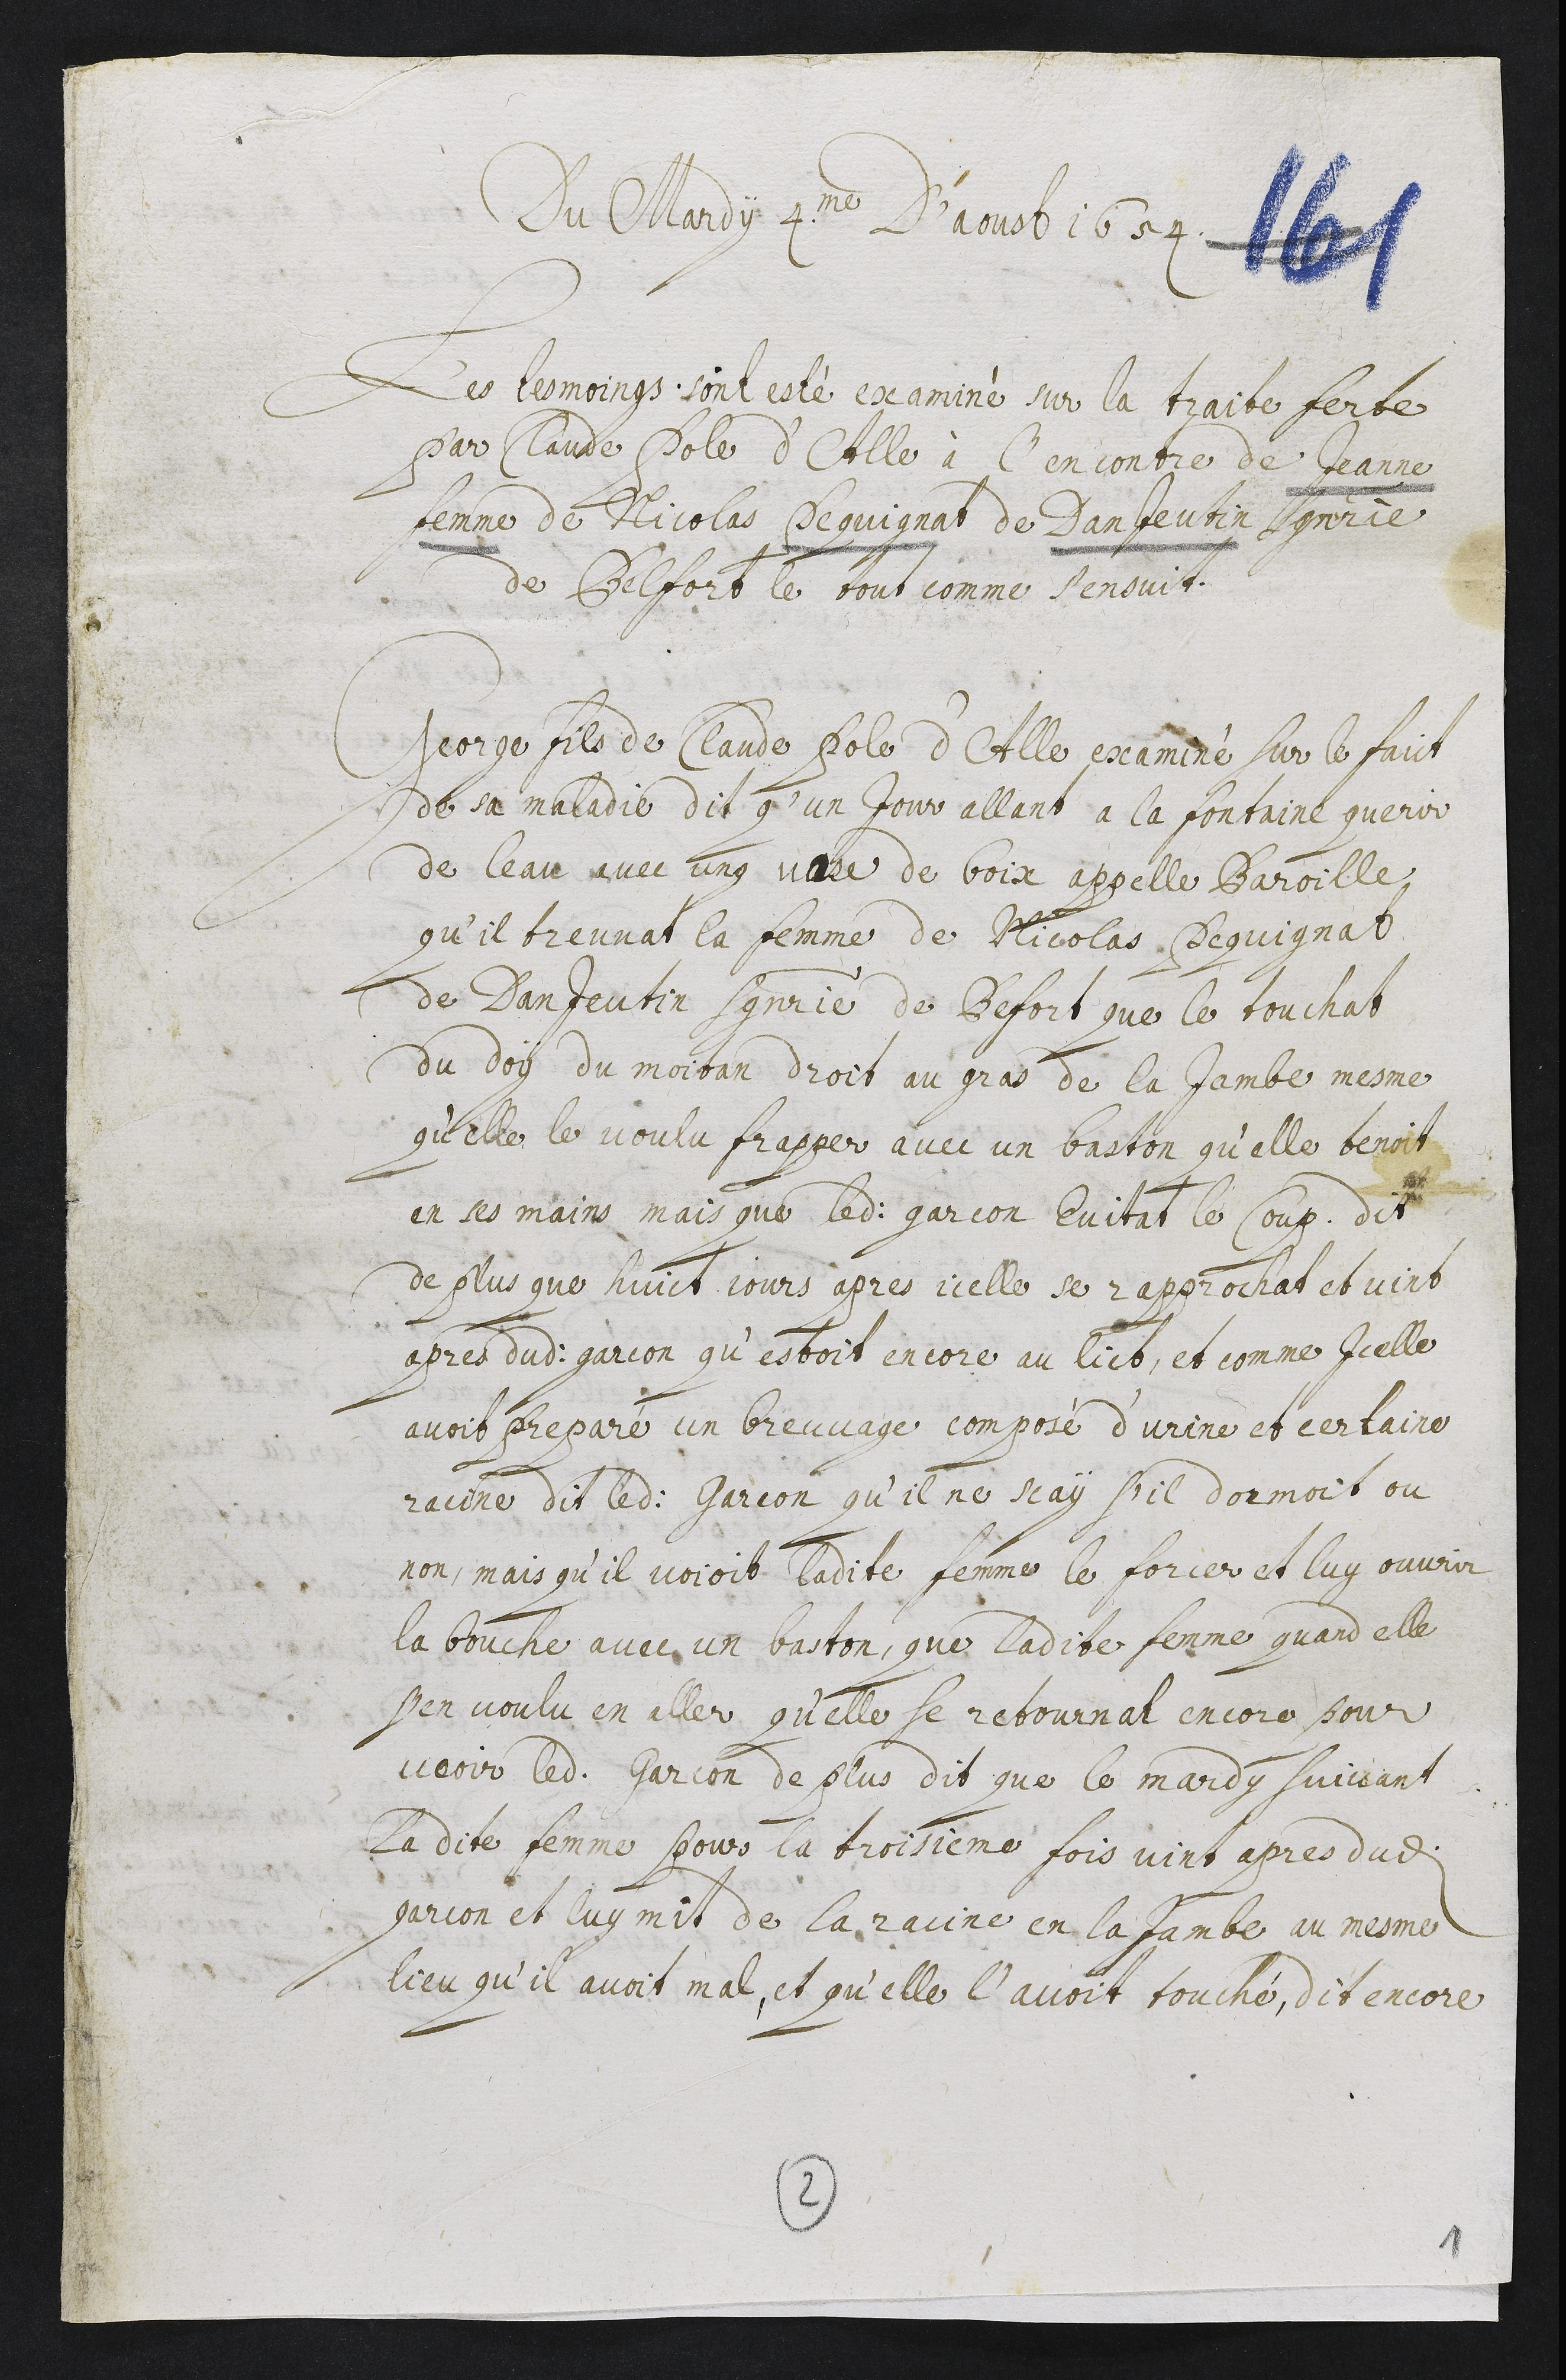
Du mardy 4me d’aoust 1654
Les tesmoings sont esté examiné sur la traite forte
par Claude Pole d’Alle à l’encontre de Jeanne
femme de Nicolas Pequignat de Danjeutin seigneurie
de Belfort le tout comme s’ensuit.
George fils de Claude Pole d’Alle examiné sur le faict
de sa maladie dit qu’un jour allant a la fontaine querir
de l’eau avec ung vase de boix appellé baroille
qu’il treuvat la femme de Nicolas Pequignat
de Danjeutin seigneurie de Belfort que le touchat
du doy du moitan droit au gras de la jambe mesme
qu’elle le voulu frapper avec un baston qu’elle tenoit
en ses mains mais que ledit garcon evitat le coup. Dit
de plus que huict jours apres icelle se rapprochat et vint
apres dudit garcon qu’estoit encore au lict, et comme icelle
avoit preparé un breuvage composé d’urine et certaine
racine dit ledit garcon qu’il ne scay s’il dormoit ou
non, mais qu’il voioit ladite femme le forcer et luy ouvrir
la bouche avec un baston, que ladite femme quand elle
s’en voulu en aller qu’elle se retournat encore pour
veoir ledit garcon. De plus dit que le mardy suivant
ladite femme pour la troisieme fois vint apres dudit
garcon et luy mit de la racine en la jambe au mesme
lieu qu’il avoit mal, et qu’elle l’avoit touché. Dit encore